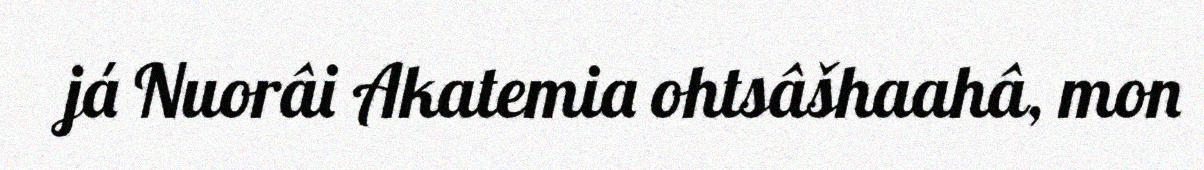
já Nuorâi Akatemia ohtsâšhaahâ, mon